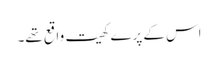
اس کے پرے کھیت واقع تھے۔